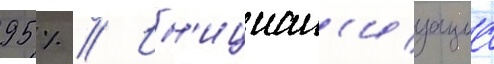
95 % // Ин'ициал'изациа